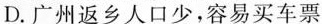
D.广州返乡人口少，容易买车票